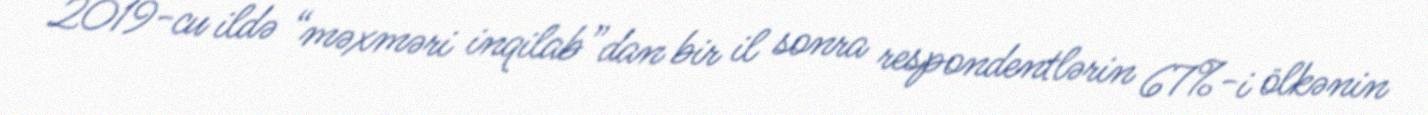
2019-cu ildə “məxməri inqilab”dan bir il sonra respondentlərin 67%-i ölkənin